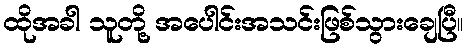
ထိုအခါ သူတို့ အပေါင်းအသင်းဖြစ်သွားချေပြီ။